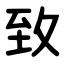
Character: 致